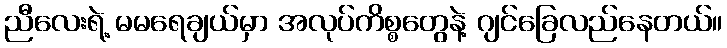
ညီလေးရဲ့ မမရေချယ်မှာ အလုပ်ကိစ္စတွေနဲ့ ဂျင်ခြေလည်နေတယ်။